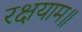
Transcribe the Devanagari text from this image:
रक्षयाम॥